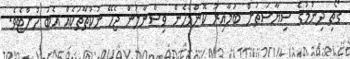
ގޯތި ދިނުމުގެ ސިޔާސަތަށް ބަލާއިރު ކޮންމެހެން ވިސްނާލަން ޖެހޭ ނުކުތާތަކެއް އެބަ ހުށްޓެވެ.